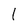
Character: 1